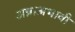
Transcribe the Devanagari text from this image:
अन्नाअभावी